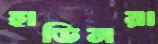
হাডিনরা